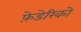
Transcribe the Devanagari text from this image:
फ़े़डेरिको